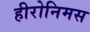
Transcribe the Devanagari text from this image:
हीरोनिमस